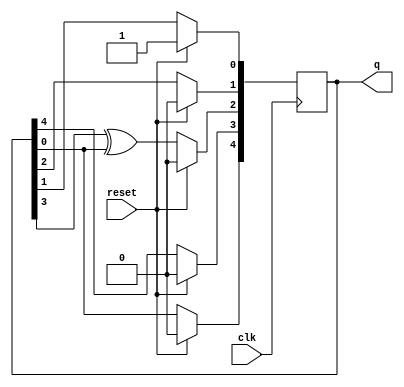
module top_module(
    input clk,
    input reset,    // Active-high synchronous reset to 5'h1
    output [4:0] q
); 

  always @(posedge clk) begin
    if (reset) begin
      q <= 5'b1;
    end 
    // else begin
    //   q[4] = 0^q[0];
    //   q[3] = q[4];
    //   q[2] = q[3] ^ q[0];
    //   q[1] = q[2];
    //   q[0] = q[1];
    // end

    /* using blocking assignment makes fault! */
    else begin
      q[4] <= 0^q[0];
      q[3] <= q[4];
      q[2] <= q[3] ^ q[0];
      q[1] <= q[2];
      q[0] <= q[1];
    end
  end
endmodule